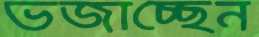
ভজাচ্ছেন